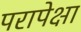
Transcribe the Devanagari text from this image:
परापेक्षा